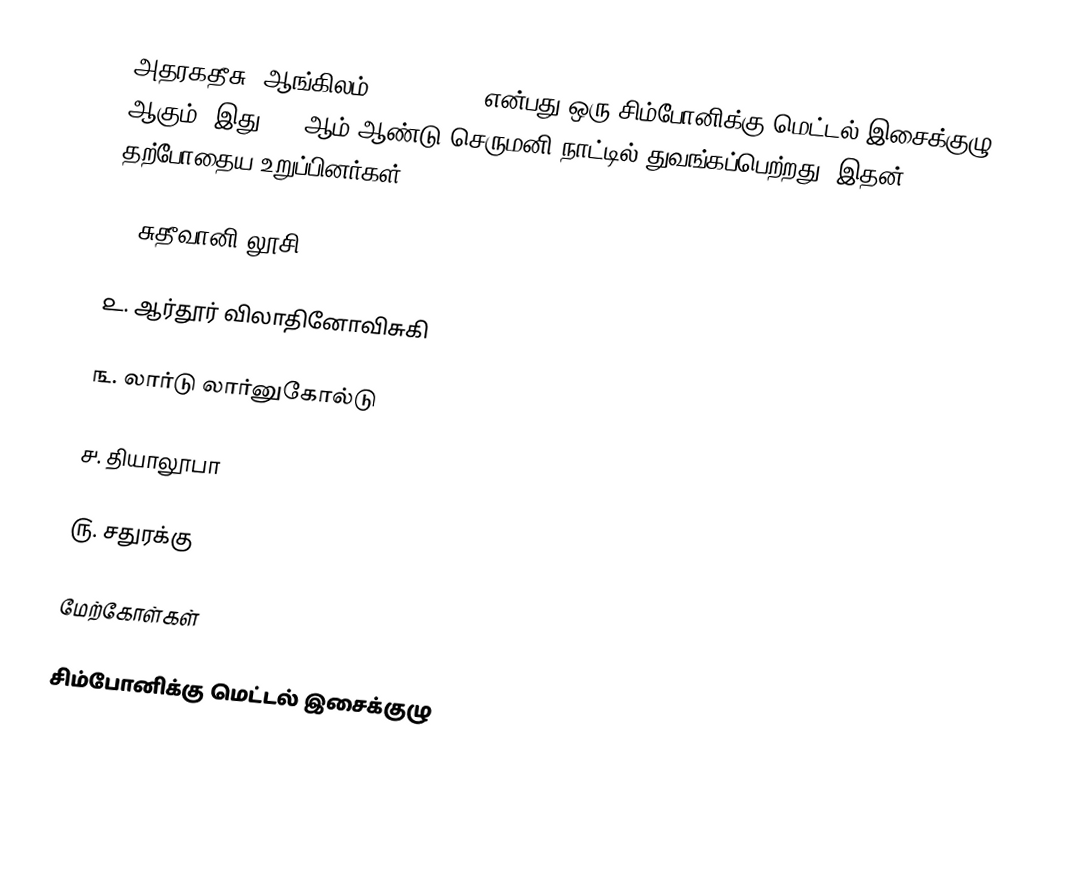
அதரகதீசு (ஆங்கிலம்: Atargatis) என்பது ஒரு சிம்போனிக்கு மெட்டல் இசைக்குழு ஆகும். இது 1997ஆம் ஆண்டு செருமனி நாட்டில் துவங்கப்பெற்றது. இதன் தற்போதைய உறுப்பினர்கள்:

௧. சுதீவானி லூசி

௨. ஆர்தூர் விலாதினோவிசுகி

௩. லார்டு லார்னுகோல்டு

௪. தியாலூபா

௫. சதுரக்கு

மேற்கோள்கள்

சிம்போனிக்கு மெட்டல் இசைக்குழு